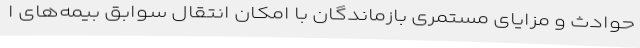
حوادث و مزایای مستمری بازماندگان با امکان انتقال سوابق بیمه‌های ا